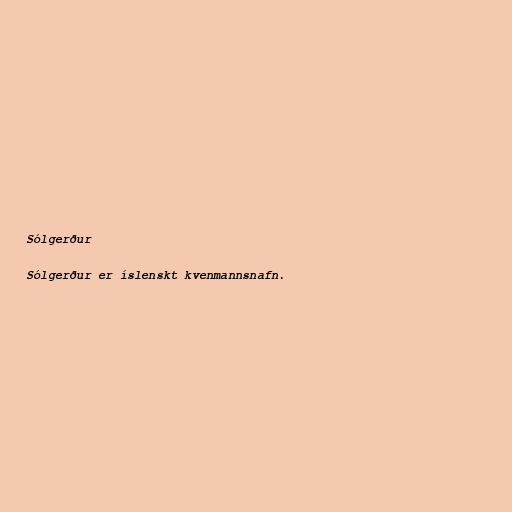
Sólgerður

Sólgerður er íslenskt kvenmannsnafn.